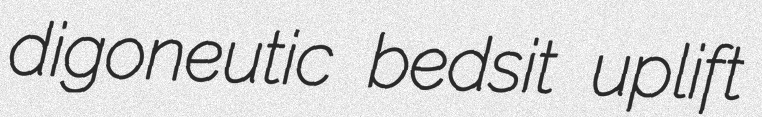
digoneutic bedsit uplift